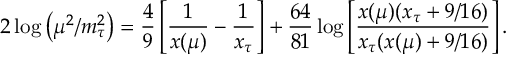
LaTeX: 2 \log \left( \mu ^ { 2 } / m _ { \tau } ^ { 2 } \right) = \frac { 4 } { 9 } \left[ \frac { 1 } { x ( \mu ) } - \frac { 1 } { x _ { \tau } } \right] + \frac { 6 4 } { 8 1 } \log \left[ \frac { x ( \mu ) ( x _ { \tau } + 9 / 1 6 ) } { x _ { \tau } ( x ( \mu ) + 9 / 1 6 ) } \right] .